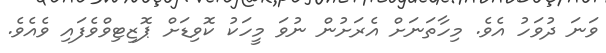
ވަނަ ދުވަހު އެވެ. މިހާތަނަށް އެރަށުން ނުވަ މީހަކު ކޮވިޑަށް ޕޮޒިޓިވްވެފައި ވެއެވެ.